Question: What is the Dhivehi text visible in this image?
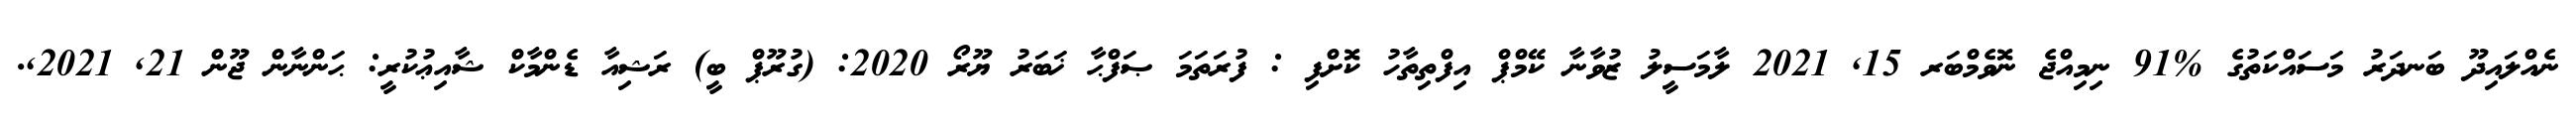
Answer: ނެއްލައިދޫ ބަނދަރު މަސައްކަތުގެ %91 ނިމިއްޖެ ނޮވެމްބަރ 15, 2021 ލާމަސީލު ޒުވާނާ ކޭމްޕް އިފްތިތާހު ކޮށްފި : ފުރަތަމަ ޞަފްޙާ ޚަބަރު ޔޫރޯ 2020: (ގުރޫޕް ބީ) ރަޝިއާ ޑެންމާކް ޝާއިޢުކުރީ: ޙަންނާން ޖޫން 21, 2021,.